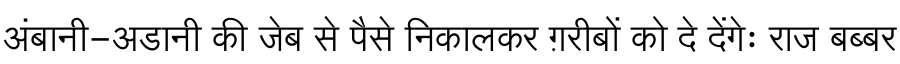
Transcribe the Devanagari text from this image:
अंबानी-अडानी की जेब से पैसे निकालकर ग़रीबों को दे देंगेः राज बब्बर